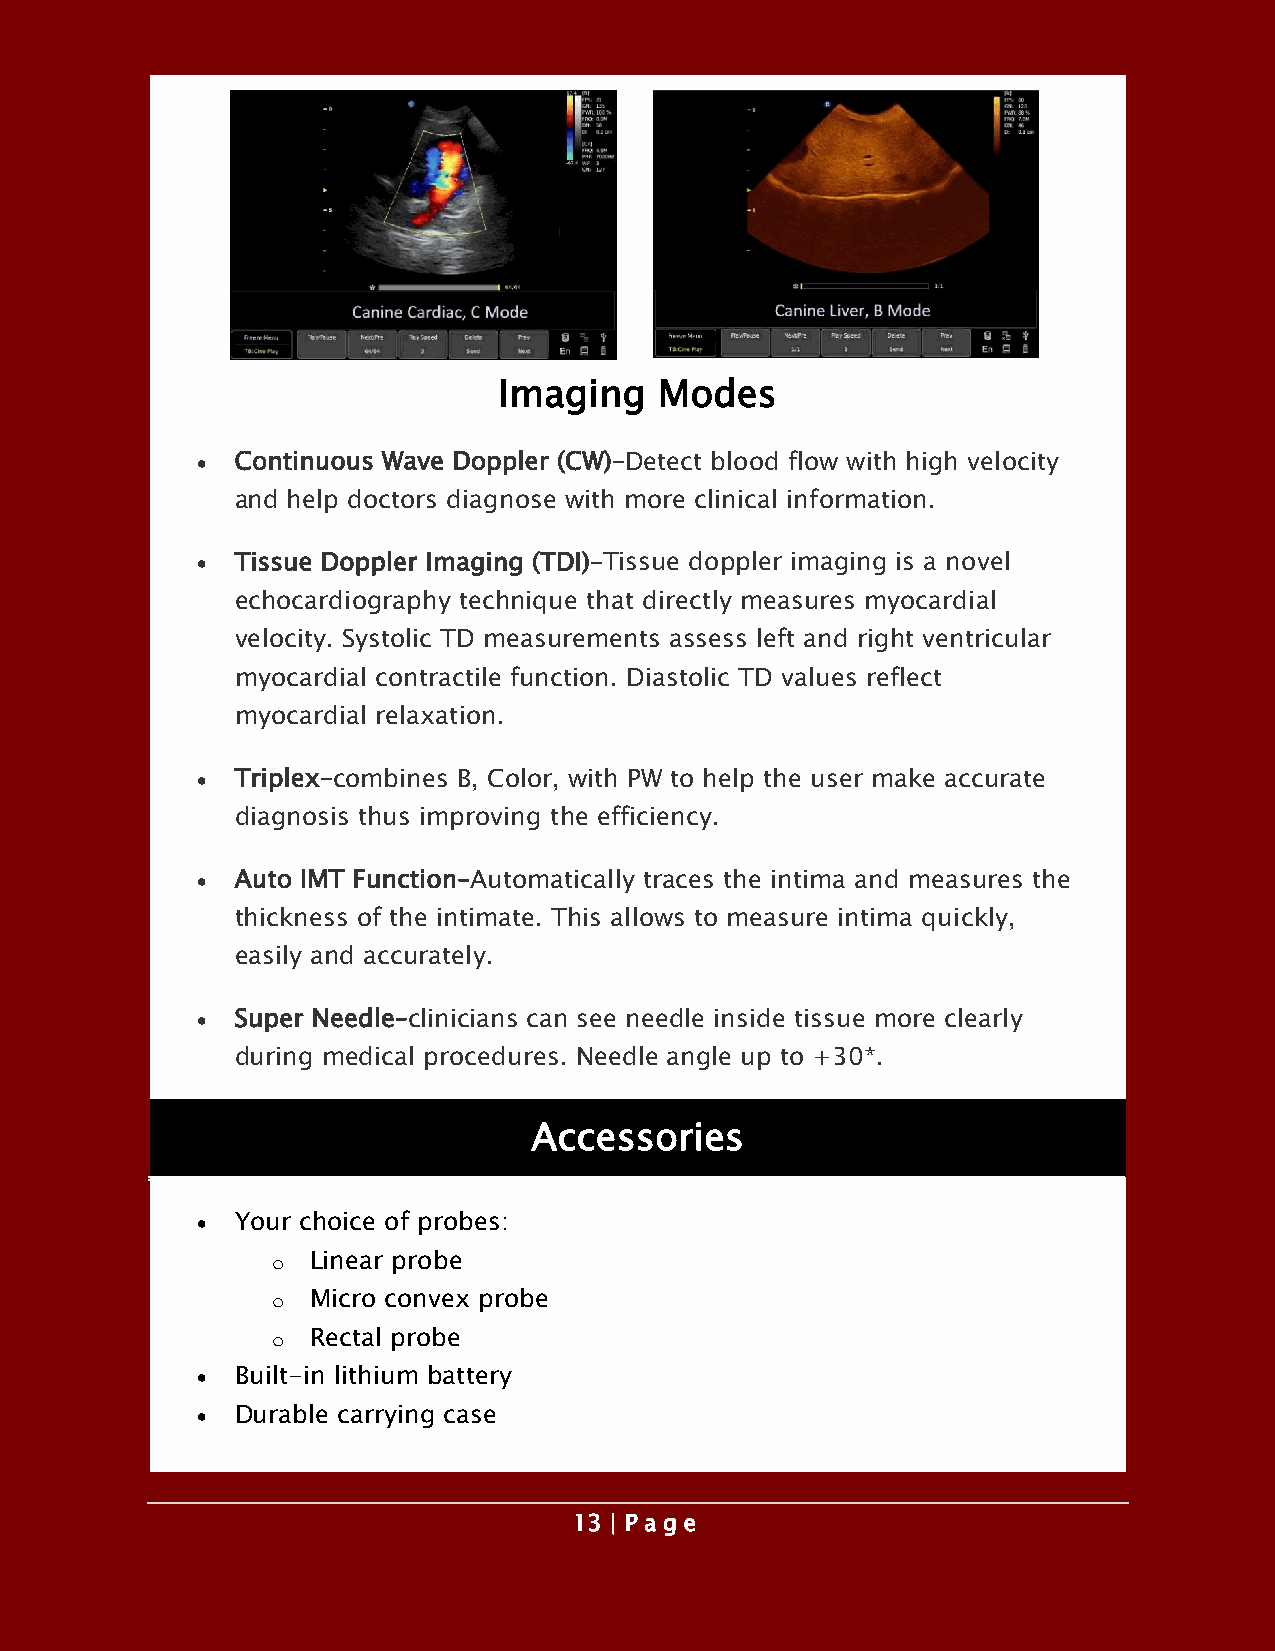
Imaging    Modes
 •  Continuous Wave Doppler (CW)–Detect blood flow with high velocity
 and help doctors diagnose with more clinical information.
 •  Tissue Doppler Imaging (TDI)–Tissue doppler imaging is a novel
 echocardiography technique that directly measures myocardial
 velocity. Systolic TD measurements assess left and right ventricular
 myocardial contractile function. Diastolic TD values reflect
 myocardial relaxation.
 •  Triplex–combines B, Color, with PW to help the user make accurate
 diagnosis thus improving the efficiency.
 •  Auto IMT Function–Automatically traces the intima and measures the
 thickness of the intimate. This allows to measure intima quickly,
 easily and accurately.
 •  Super Needle–clinicians can see needle inside tissue more clearly
 during medical procedures. Needle angle up to +30*.
 Accessories
 •  Your choice of probes:
 o Linear probe
 o Micro convex probe
 o Rectal probe
 •  Built-in lithium battery
 •  Durable carrying case
 13 | P a ge